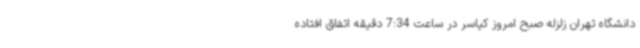
دانشگاه تهران زلزله صبح امروز کیاسر در ساعت 7:34 دقیقه اتفاق افتاده